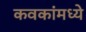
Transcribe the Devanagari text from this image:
कवकांमध्ये